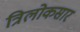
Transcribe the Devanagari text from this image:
त्रिलोकसार